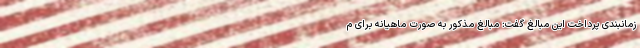
زمانبندی پرداخت این مبالغ گفت: مبالغ مذکور به صورت ماهیانه برای م